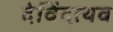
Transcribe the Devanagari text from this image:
देविंदत्थव